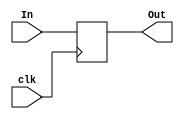
// This program was cloned from: https://github.com/regales/cpre281
// License: Apache License 2.0

module Register(clk,In,Out);
// I/O ports

input clk;
input [3:0]In;
output [3:0] Out;
reg [3:0] Out;
always @ (posedge clk)
begin
Out <= In;
end
endmodule